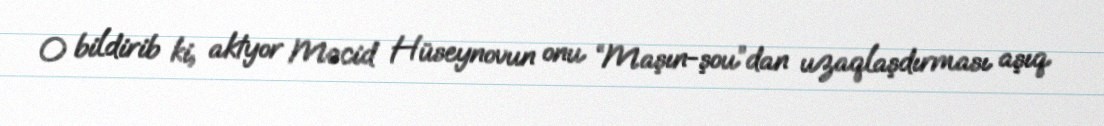
O bildirib ki, aktyor Məcid Hüseynovun onu “Maşın-şou”dan uzaqlaşdırması aşıq